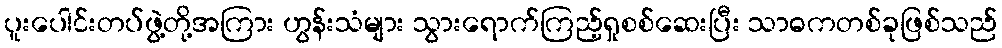
ပူးပေါင်းတပ်ဖွဲ့တို့အကြား ဟွန်းသံများ သွားရောက်ကြည့်ရှုစစ်ဆေးပြီး သာဓကတစ်ခုဖြစ်သည်